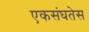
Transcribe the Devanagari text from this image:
एकसंघतेस